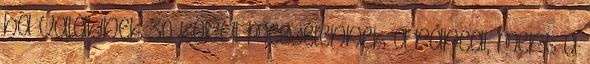
ha valakinek 30 körül megjelennek a ráncai, mert a